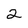
Character: 2